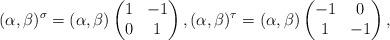
LaTeX: \begin{align*}(\alpha, \beta)^{\sigma}=(\alpha, \beta) \begin{pmatrix} 1 & -1 \\ 0 & 1 \end{pmatrix}, (\alpha, \beta)^{\tau}=(\alpha, \beta) \begin{pmatrix} -1 & 0 \\ 1 & -1 \end{pmatrix},\end{align*}